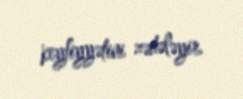
keyfiyyətini zədələyir.